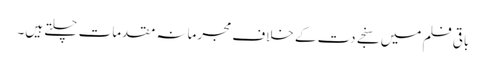
باقی فلم میں سنجے دت کے خلاف مجرمانہ مقدمات چلتے ہیں۔